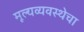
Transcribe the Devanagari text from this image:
मूल्यव्यवस्थेचा